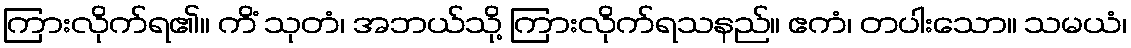
ကြားလိုက်ရ၏။ ကိံ သုတံ၊ အဘယ်သို့ ကြားလိုက်ရသနည်။ ဧကံ၊ တပါးသော။ သမယံ၊